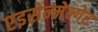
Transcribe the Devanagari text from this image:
एइसेन्मेन्गेर